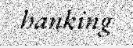
hanking